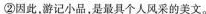
②因此，游记小品，是最具个人风采的美文。